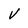
Character: v